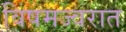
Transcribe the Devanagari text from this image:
विषमज्वरात